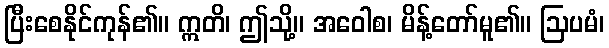
ပြီးစေနိုင်ကုန်၏။ ဣတိ၊ ဤသို့။ အဝေါစ၊ မိန့်တော်မူ၏။ ဩပမံ၊